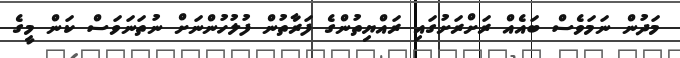
މަދުން ނަމަވެސް ބައެއް ރަށްރަށުގައި ރައްޔިތުންގެ ފަރާތުން ފުލުހުންނަށް ނުތަނަވަސް ކަން މީގެ